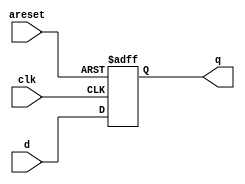
module top_module (
    input clk,
    input areset,   // active high asynchronous reset
    input [7:0] d,
    output [7:0] q
);

    always @(posedge clk or posedge areset)
        if(areset)
        	q <= 8'd0;
    	else
            q <= d;
  
endmodule